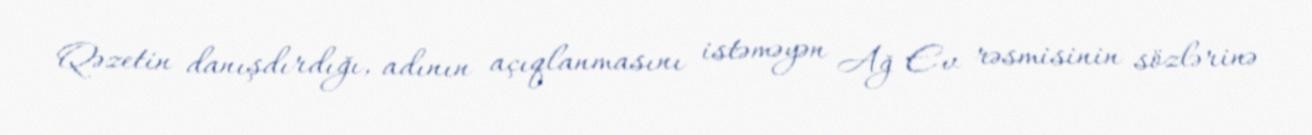
Qəzetin danışdırdığı, adının açıqlanmasını istəməyən Ağ Ev rəsmisinin sözlərinə